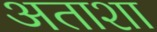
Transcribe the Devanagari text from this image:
अताशा